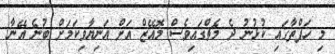
މި ހަފްތާގައި ކުޅުނު ދެ މެޗްގައިވެސް މޮއޭޒް އަށް އަނިޔާވިކަމަށް ބުނެ އޭނާ